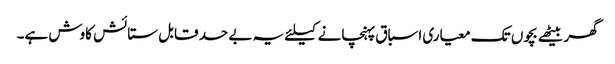
گھر بیٹھے بچوں تک معیاری اسباق پہنچانے کیلئے یہ بے حد قابل ستائش کاوش ہے۔